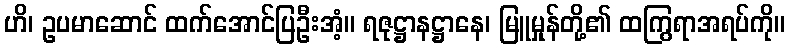
ဟိ၊ ဥပမာဆောင် ထက်အောင်ပြဦးအံ့။ ရဇုဋ္ဌာနဋ္ဌာနေ၊ မြူမှုန်တို့၏ ထကြွရာအရပ်ကို။